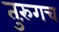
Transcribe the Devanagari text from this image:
तुरुंगच